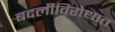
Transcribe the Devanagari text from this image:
बदलीविरोधात